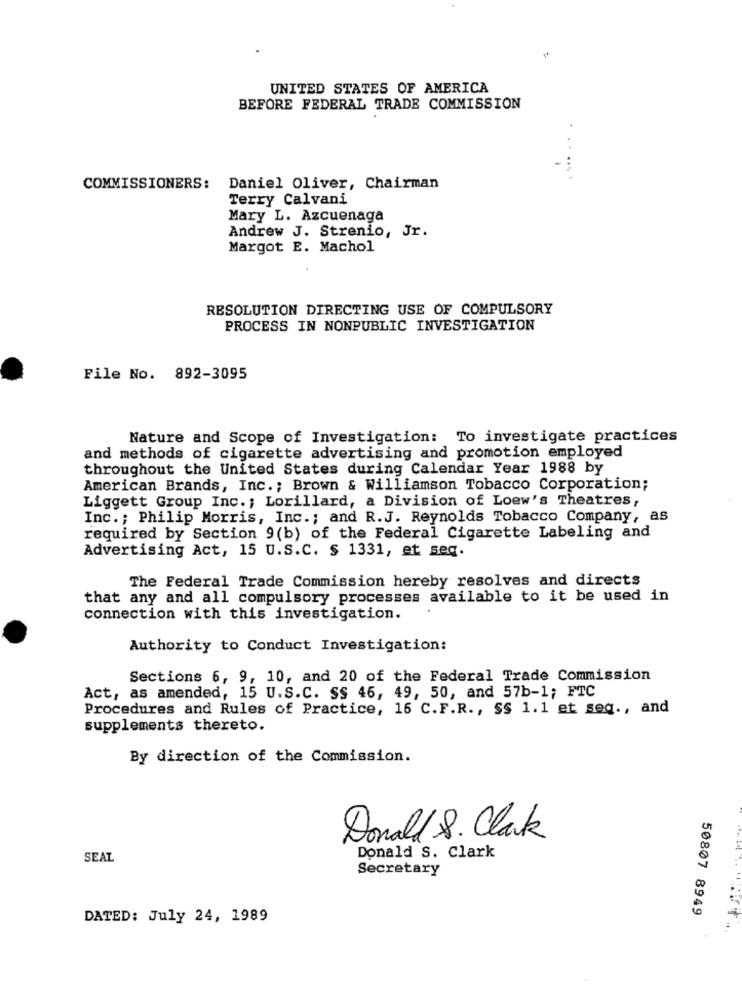
UNITED STATES OF AMERICA
BEFORE FEDERAL TRADE COMMISSION
COMMISSIONERS:
Daniel Oliver, Chairman
Terry Calvani
Mary L. Azcuenaga
Andrew J. Strenio, Jr.
Margot E. Machol
RESOLUTION DIRECTING USE OF COMPULSORY
PROCESS IN NONPUBLIC INVESTIGATION
File No. 892-3095
Nature and Scope of Investigation: To investigate practices
and methods of cigarette advertising and promotion employed
throughout the United States during Calendar Year 1988 by
American Brands, Inc .; Brown & Williamson Tobacco Corporation;
Liggett Group Inc .; Lorillard, a Division of Loew's Theatres,
Inc .; Philip Morris, Inc .; and R.J. Reynolds Tobacco Company, as
required by Section 9(b) of the Federal Cigarette Labeling and
Advertising Act, 15 U.S.C. $ 1331, et seq.
The Federal Trade Commission hereby resolves and directs
that any and all compulsory processes available to it be used in
connection with this investigation.
Authority to Conduct Investigation:
Sections 6, 9, 10, and 20 of the Federal Trade Commission
Act, as amended, 15 U.S.C. SS 46, 49, 50, and 57b-1; FTC
Procedures and Rules of Practice, 16 C.F.R ., SS 1.1 et seq ., and
supplements thereto.
By direction of the Commission.
Donald 8. Clark
SEAL
Donald S. Clark
Secretary
50807 8949
DATED: July 24, 1989